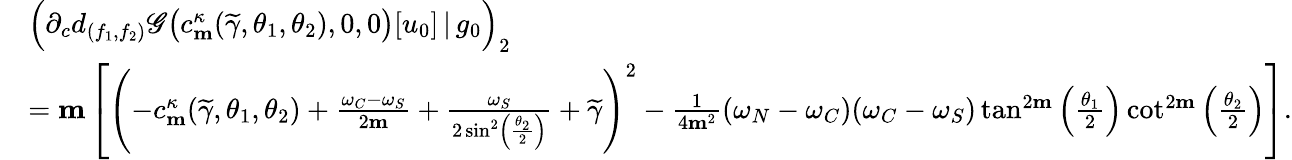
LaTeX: \begin{array}{rl}&{\Big(\partial_{c}d_{(f_{1},f_{2})}\mathscr{G}\big(c_{\mathbf{m}}^{\kappa}(\widetilde{\gamma},\theta_{1},\theta_{2}),0,0\big)[u_{0}]\, |\, g_{0}\Big)_{2}}\\ &{=\mathbf{m}\left[\left(-c_{\mathbf{m}}^{\kappa}(\widetilde{\gamma},\theta_{1},\theta_{2})+\frac{\omega_{C}-\omega_{S}}{2\mathbf{m}}+\frac{\omega_{S}}{2\sin^{2}\left(\frac{\theta_{2}}{2}\right)}+\widetilde{\gamma}\right)^{2}-\frac{1}{4\mathbf{m}^{2}}(\omega_{N}-\omega_{C})(\omega_{C}-\omega_{S})\tan^{2\mathbf{m}}\left(\frac{\theta_{1}}{2}\right)\cot^{2\mathbf{m}}\left(\frac{\theta_{2}}{2}\right)\right].}\end{array}